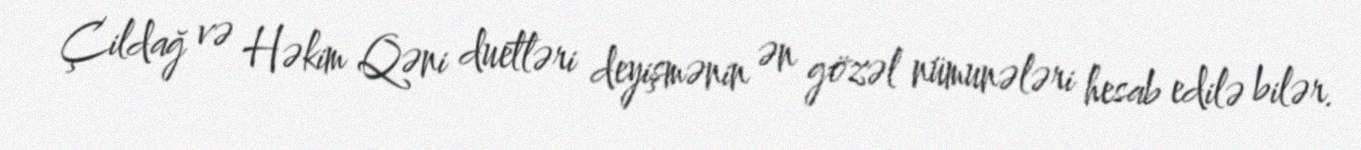
Çildağ və Həkim Qəni duetləri deyişmənin ən gözəl nümunələri hesab edilə bilər.